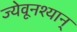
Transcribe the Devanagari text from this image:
ज्येवूनश्यान्